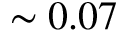
\sim 0 . 0 7